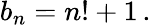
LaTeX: b_{n}=n!+1\, .